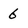
Character: 6